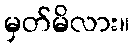
မှတ်မိလား။